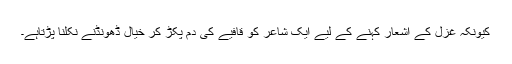
کیونکہ غزل کے اشعار کہنے کے لیے ایک شاعر کو قافیے کی دُم پکڑ کر خیال ڈھونڈنے نکلنا پڑتاہے۔